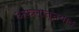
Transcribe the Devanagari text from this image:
अफ़लातूनवाद